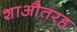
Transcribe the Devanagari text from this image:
शाऔतरह